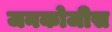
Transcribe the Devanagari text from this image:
जनकोजीस